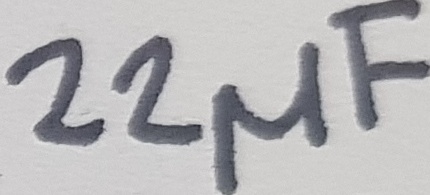
Text: 22µF